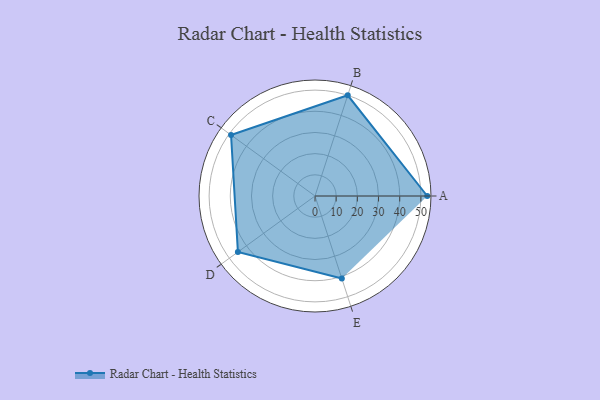
{"axis": {"x": "Skill", "y": "Score"}, "legend": ["Profile"], "data": [{"x": "A", "y": 53.0, "type": "Profile"}, {"x": "B", "y": 50.0, "type": "Profile"}, {"x": "C", "y": 49.0, "type": "Profile"}, {"x": "D", "y": 45.0, "type": "Profile"}, {"x": "E", "y": 41.0, "type": "Profile"}]}